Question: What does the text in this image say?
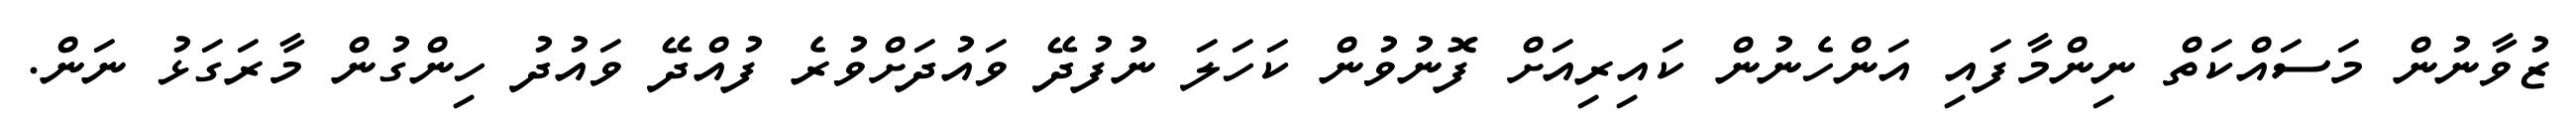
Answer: ޒުވާނުން މަސައްކަތް ނިންމާފައި އަންހެނުން ކައިރިއަށް ފޮނުވުން ކަހަލަ ނުފުދޭ ވައުދަށްވުރެ ފުއްދޭ ވައުދު ހިންގުން މާރަގަޅު ނަން.